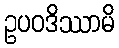
ဥပဝဒိဿာမိ